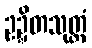
ဥဍ္ဍိတသုတ္တံ